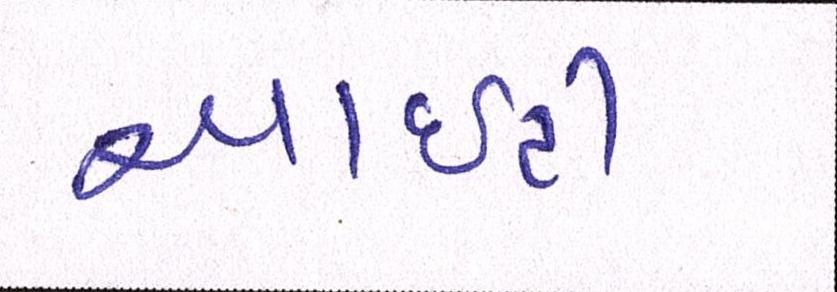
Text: આઇટી